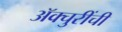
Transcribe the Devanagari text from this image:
ॲक्चुरींची